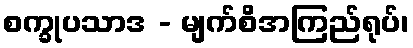
စက္ခုပသာဒ - မျက်စိအကြည်ရုပ်၊